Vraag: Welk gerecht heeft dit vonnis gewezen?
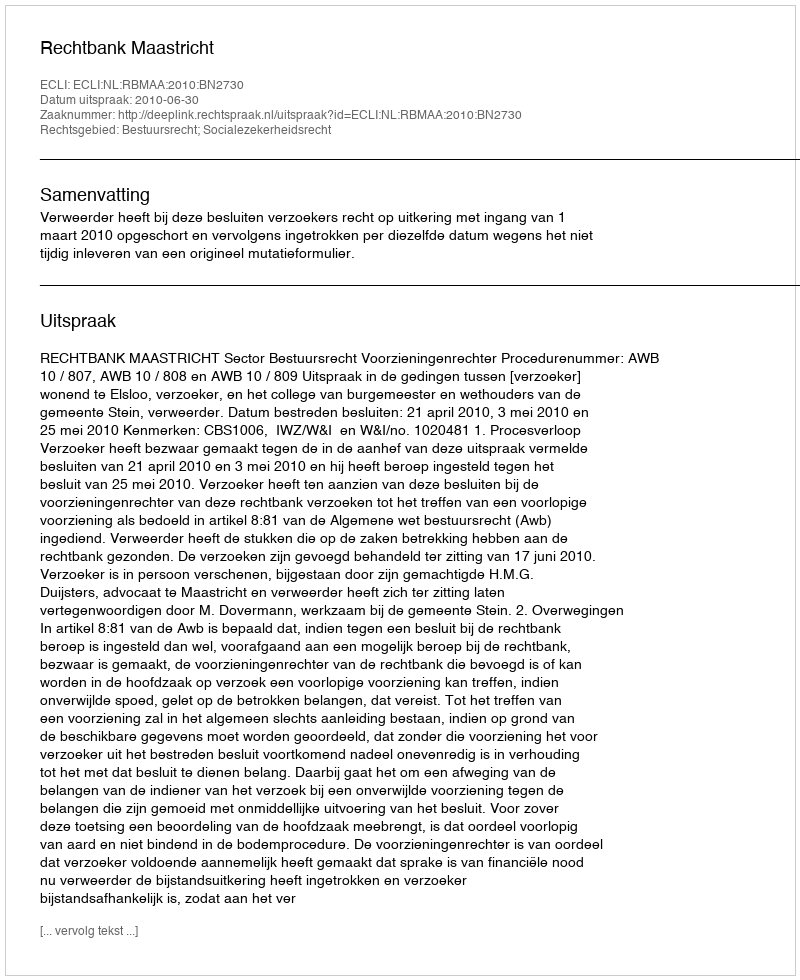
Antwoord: Rechtbank Maastricht